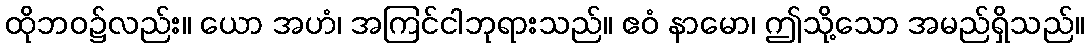
ထိုဘဝ၌လည်း။ ယော အဟံ၊ အကြင်ငါဘုရားသည်။ ဧဝံ နာမော၊ ဤသို့သော အမည်ရှိသည်။